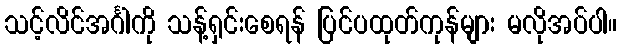
သင့်လိင်အင်္ဂါကို သန့်ရှင်းစေရန် ပြင်ပထုတ်ကုန်များ မလိုအပ်ပါ။